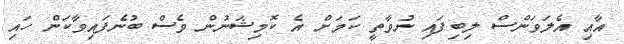
އާއި އެލަވަންސް ލިބިފައި ނުވާތީ ކަމަށް އެ ކޮމިޝަނުން ވެސް ބުނެފައިވާކަން ހައި